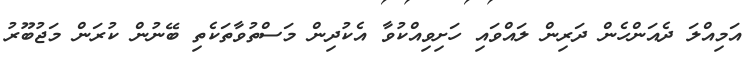
އަމިއްލަ ދެއަންހެން ދަރިން ލައްވައި ހަށިވިއްކުވާ އެކުދިން މަސްތުވާތަކެތި ބޭނުން ކުރަން މަޖުބޫރު